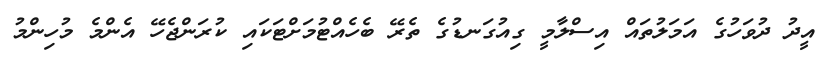
އީދު ދުވަހުގެ އަމަލުތައް އިސްލާމީ ގިއުގަނޑުގެ ތެރޭ ބެހެއްޓުމަށްޓަކައި ކުރަންޖެހޭ އެންމެ މުހިންމު